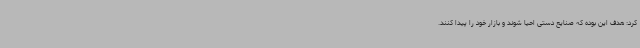
کرد: هدف این بوده که صنایع دستی احیا شوند و بازار خود را پیدا کنند.